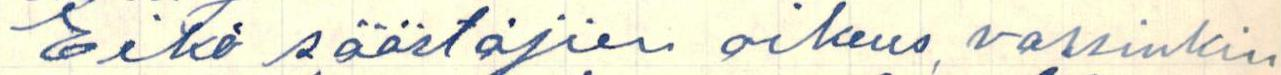
Eikö säästäjien oikeus, varsinkin